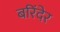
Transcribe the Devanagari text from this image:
बरिंदेर